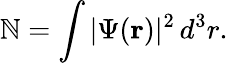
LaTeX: \mathbb{N}=\int\vert\Psi(\mathbf{{r}})\vert^{2}\, d^{3}r.